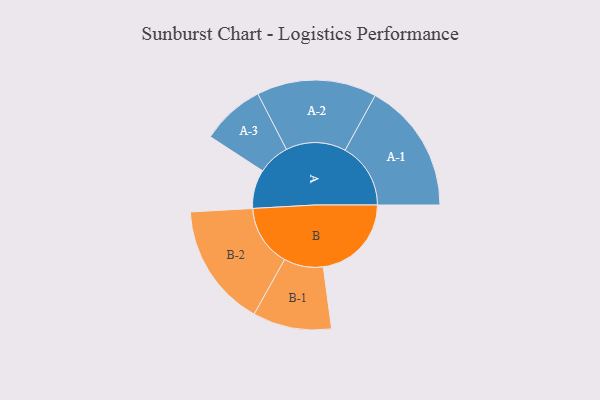
{"axis": {"x": "Segment", "y": "Value"}, "legend": ["", "A", "B"], "data": [{"x": "A", "y": 153, "type": ""}, {"x": "B", "y": 347, "type": ""}, {"x": "A-1", "y": 258, "type": "A"}, {"x": "A-2", "y": 236, "type": "A"}, {"x": "A-3", "y": 125, "type": "A"}, {"x": "B-1", "y": 155, "type": "B"}, {"x": "B-2", "y": 243, "type": "B"}]}